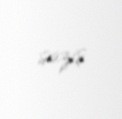
saziş.